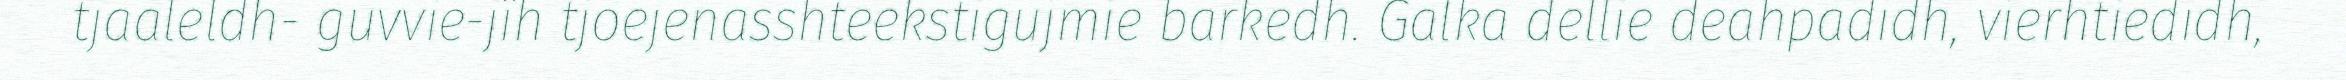
tjaaleldh- guvvie-jïh tjoejenasshteekstigujmie barkedh. Galka dellie deahpadidh, vierhtiedidh,